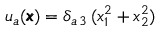
u _ { a } ( { \pmb x } ) = \delta _ { a \, 3 } \, ( x _ { 1 } ^ { 2 } + x _ { 2 } ^ { 2 } )